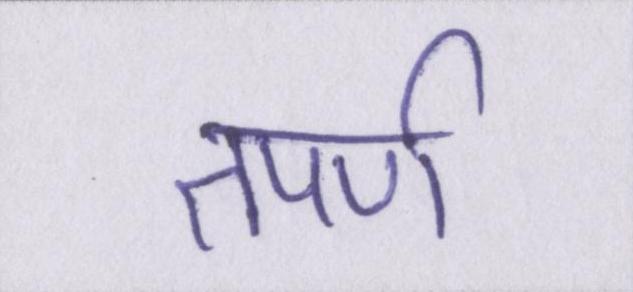
तपर्ण